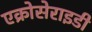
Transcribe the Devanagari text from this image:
एक्रोसेराइडी